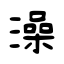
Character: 澡